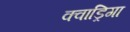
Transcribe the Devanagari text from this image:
क्वाड्रिगा